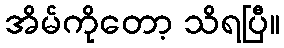
အိမ်ကိုတော့ သိရပြီ။